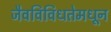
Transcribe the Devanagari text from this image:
जैवविविधतेमधून